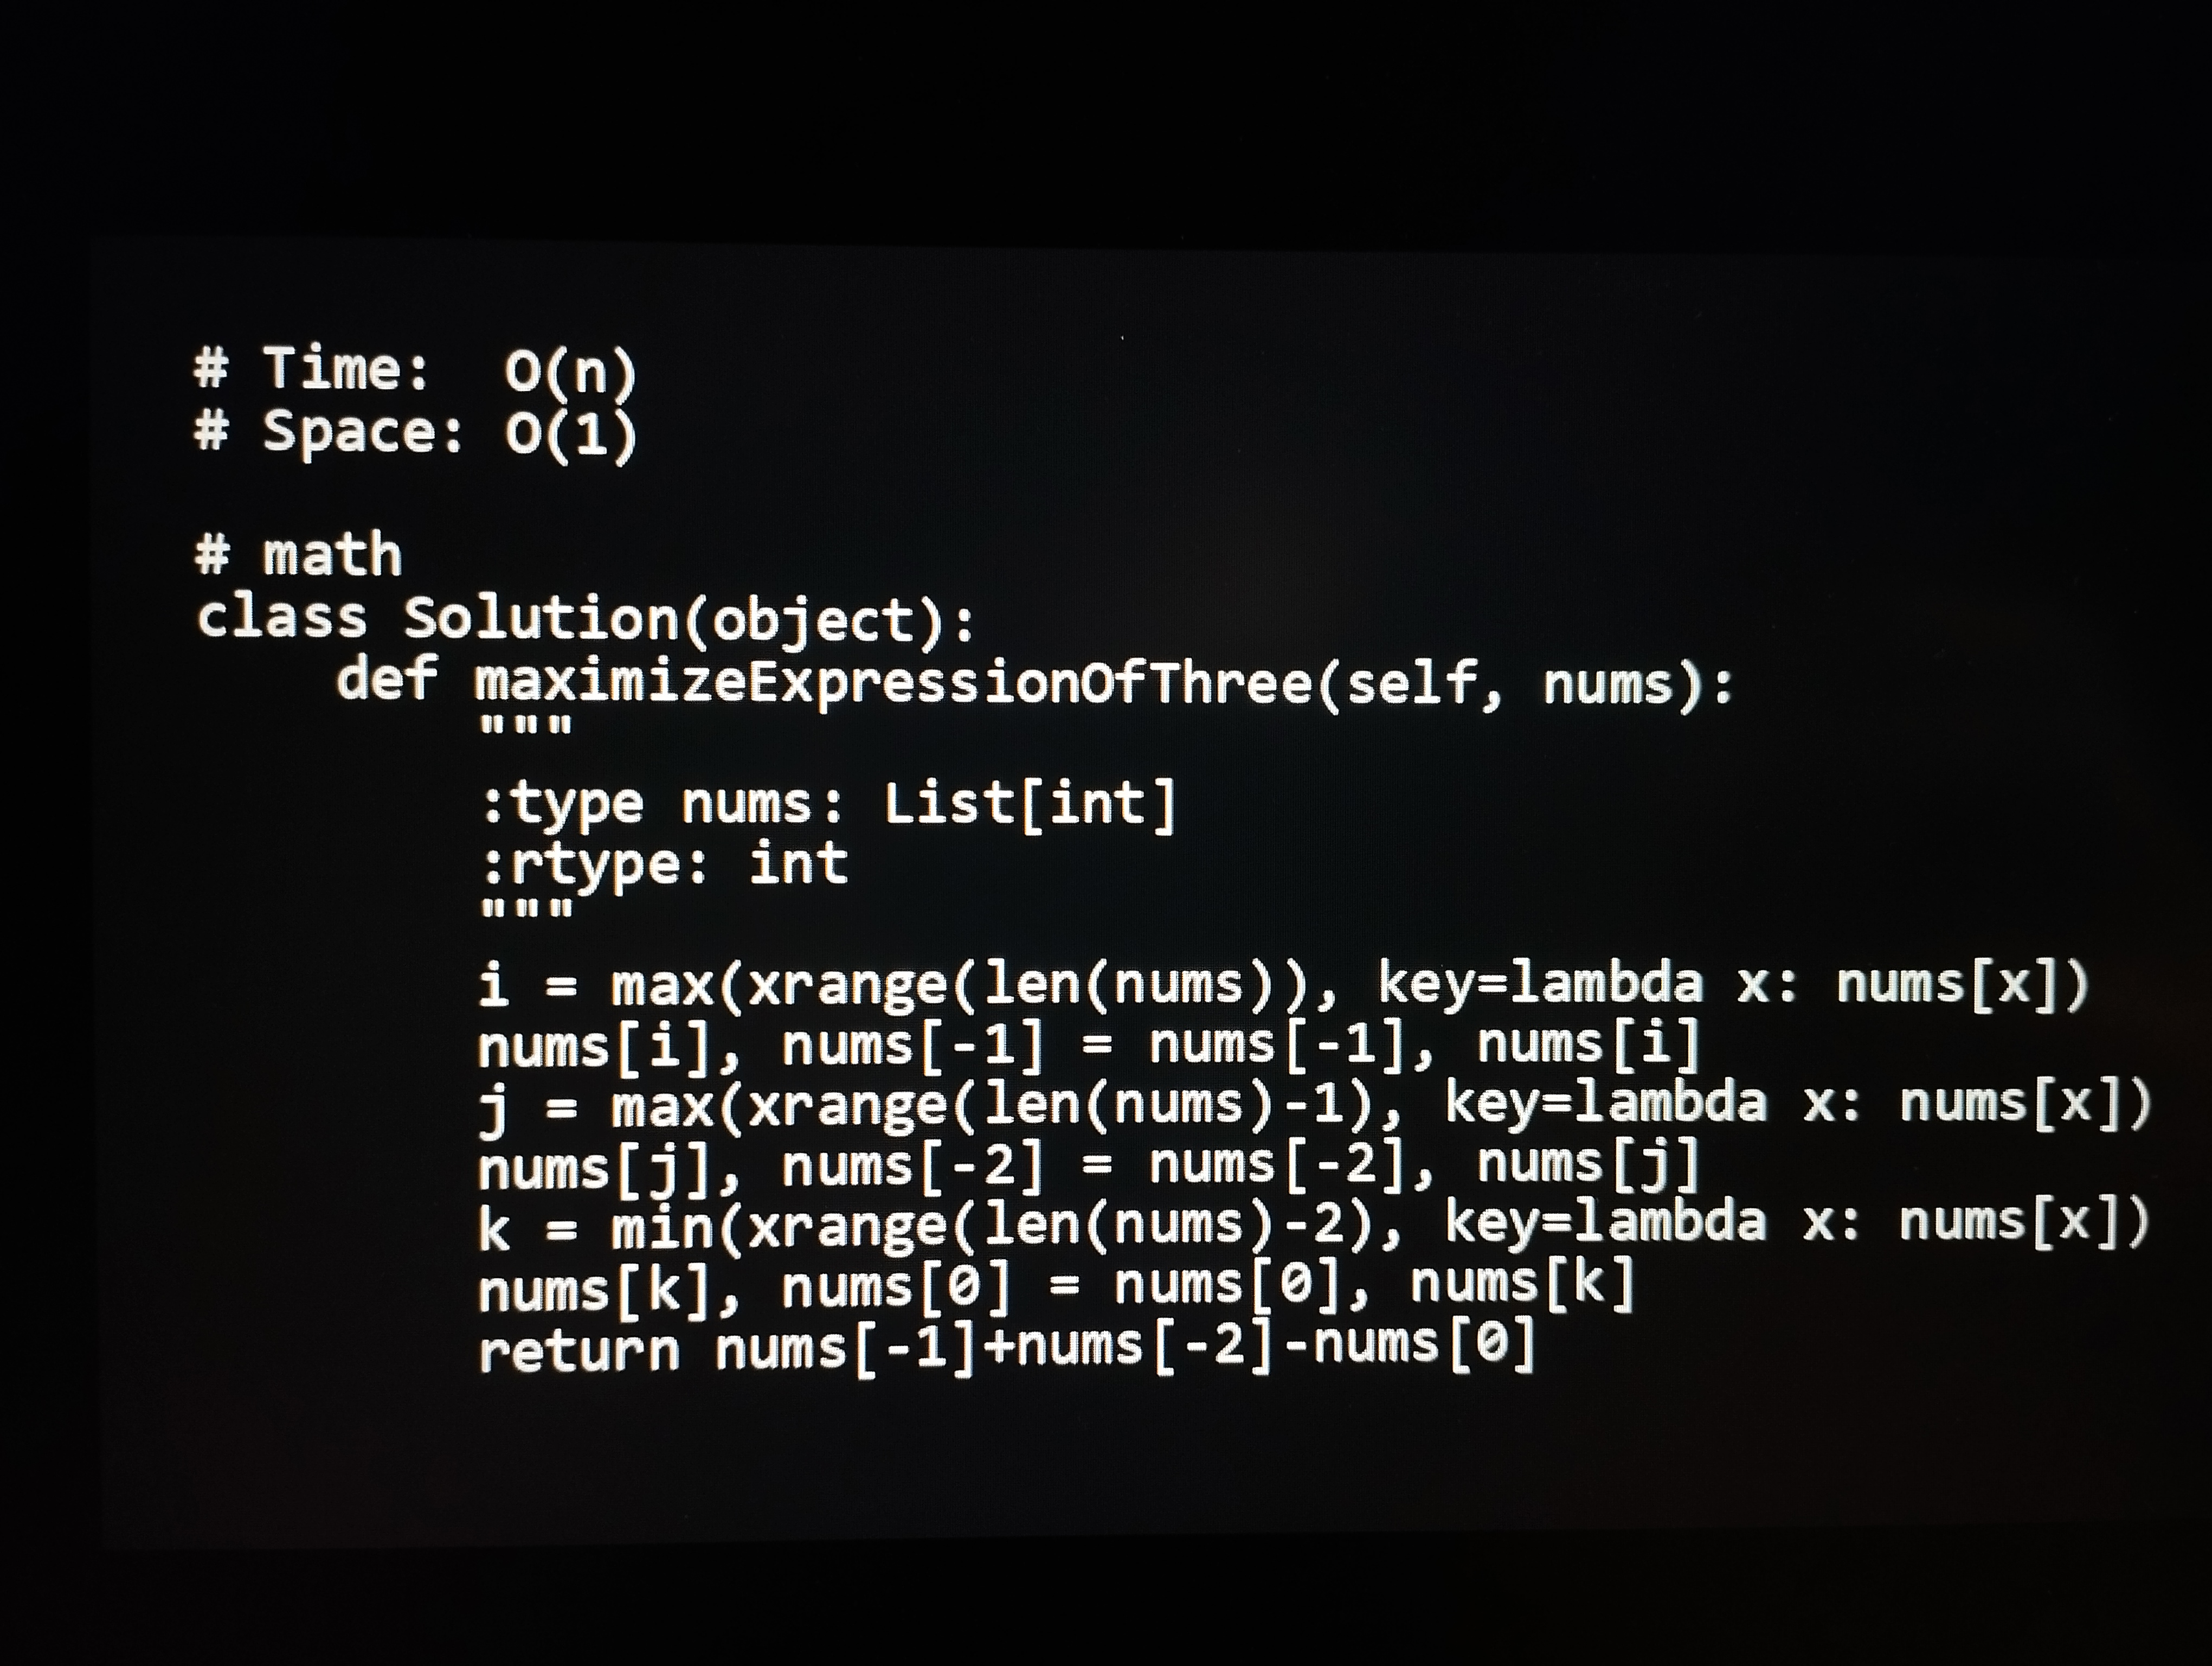
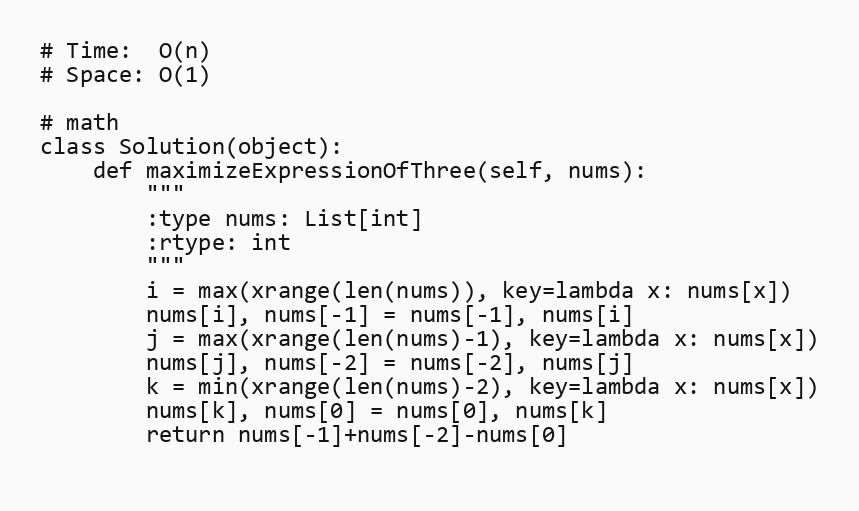
# Time:  O(n)
# Space: O(1)

# math
class Solution(object):
    def maximizeExpressionOfThree(self, nums):
        """
        :type nums: List[int]
        :rtype: int
        """
        i = max(xrange(len(nums)), key=lambda x: nums[x])
        nums[i], nums[-1] = nums[-1], nums[i]
        j = max(xrange(len(nums)-1), key=lambda x: nums[x])
        nums[j], nums[-2] = nums[-2], nums[j]
        k = min(xrange(len(nums)-2), key=lambda x: nums[x])
        nums[k], nums[0] = nums[0], nums[k]
        return nums[-1]+nums[-2]-nums[0]